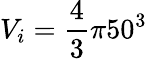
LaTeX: V_{i}=\frac{4}{3}\pi 50^{3}